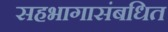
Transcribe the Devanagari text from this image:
सहभागासंबधित